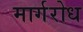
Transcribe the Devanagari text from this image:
मार्गरोध